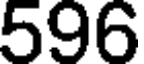
596